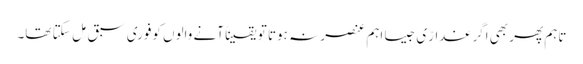
تاہم پھر بھی اگر غدارّی جیسا اہم عنصر نہ ہوتا تو یقیناً آنے والوں کوفوری سبق مِل سکتا تھا۔